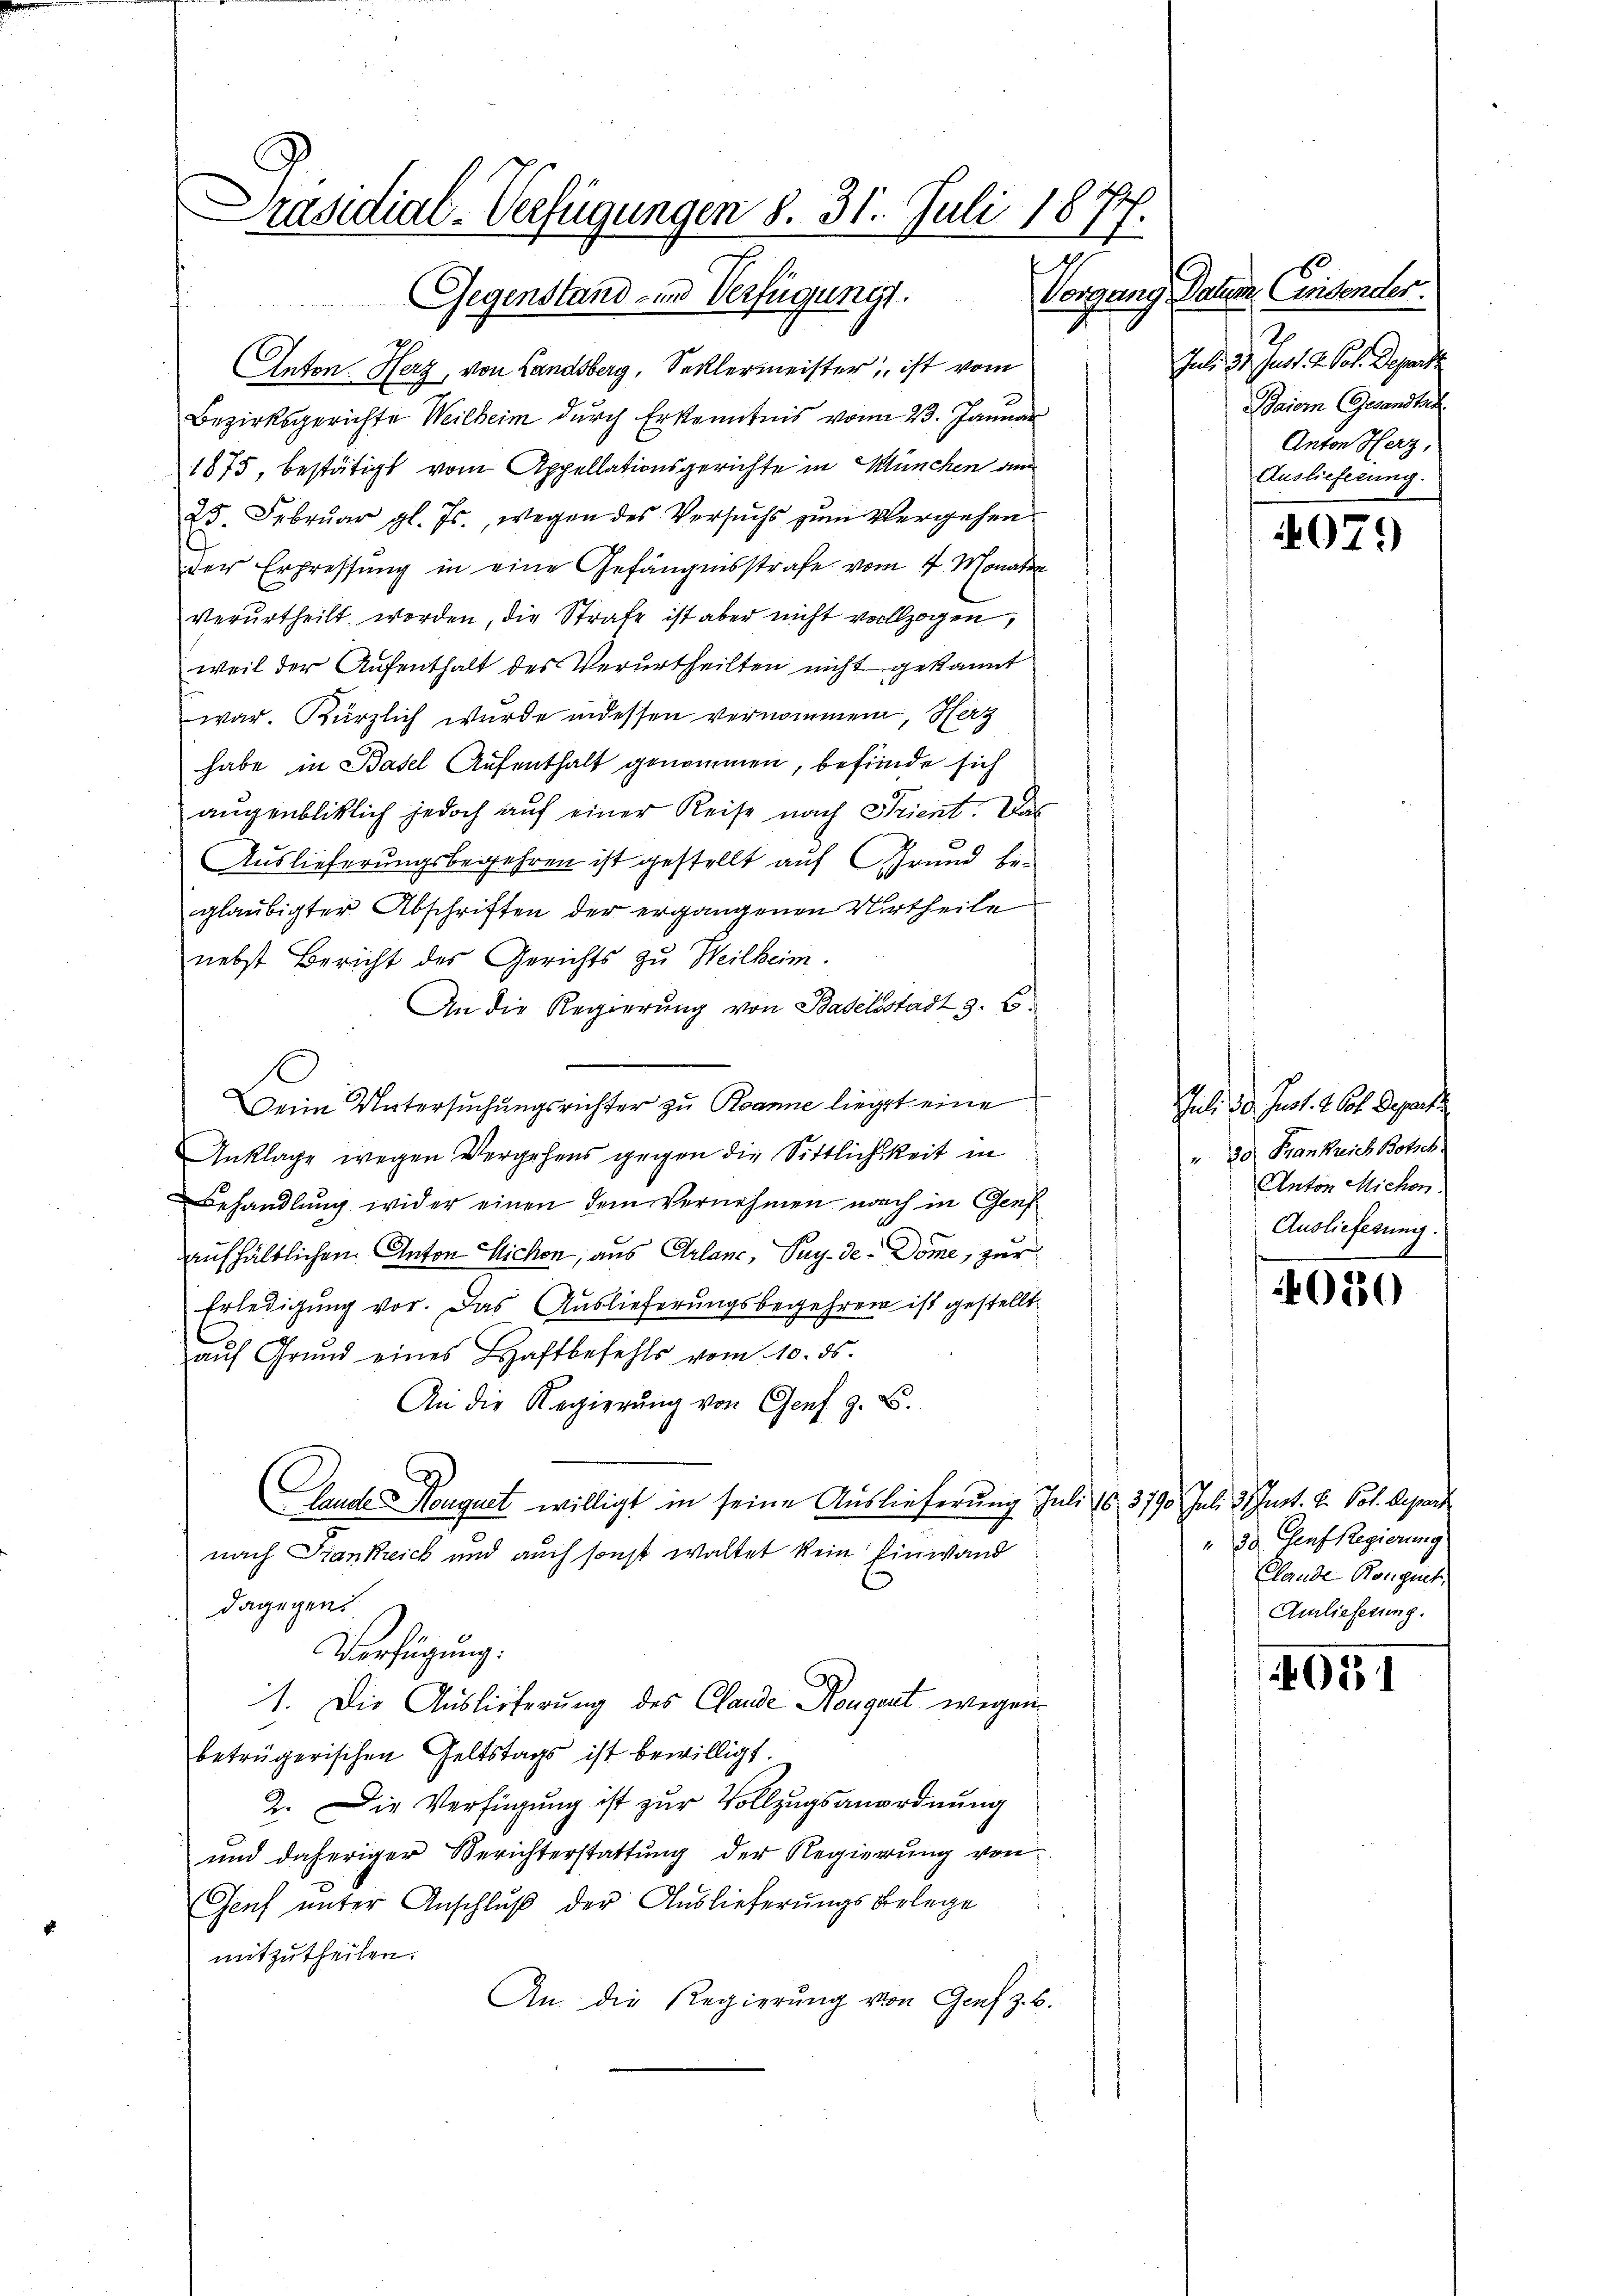
Präsidial-Verfügungen 8. 31. Juli 1877.
Vorgang Datum Consender.
Gegenstand- und Verfügung.

Anton. Herz, von Landsberg, Secklermeister, ist vom
Bezirksgerichte Weilheim durch Erkenntnis vom 23. Januar
1875, bestätigt vom Appellationsgerichte in München am
25. Febrŭar gl. Js., wegen des Versŭchs zŭm Vergehen
der Erpressung in eine Gefängnisstrafe vom 4 Monat
verurtheilt worden, die Strafe ist aber nicht vollzogen,
weil der Aufenthalt des Verurtheilten nicht gekannt
war. Kürzlich wurde indessen vernommen, Herz
habe in Basel Aufenthalt genommen, befinde sich
augenbliklich jedoch auf einer Reise nach Trient. Das
Auslieferungsbegehren ist gestellt auf Grund beglaubigter Abschriften der ergangenen Urtheile
nebst Bericht des Gerichts zu Weilheim.
An die Regierung von Badelsstadt z. B.
Dein Untersuchungsrichter zu Roanne liegt eine
Anklage wegen Vergehens gegen die Sittlichkeit in
Behandlung wider einen dem Vernehmen nach in Genf
aufhältlichen Anton Michon, aus Arlanc, Pay-de-Dome, zur
Erledigung vor. Das Auslieferungsbegehren ist gestellt
aŭf Grŭnd eines Haftbefehls vom 10. ds.
An die Regierŭng von Genf z. B.
Landte Konguet willigt in seine Auslieferung Juli 183790 Juli 3. Just. H. Pot. Depart
nach Frankrick und auch sonst waltet kein Einwand
dagegen
Verfügung:
1. Die Auslieferung des Claude Nougart wegen
betrügerischen Geltstags ist bewilligt.
2. Die Verfügung ist zur Vollzugsanordnung
und daheriger Berichterstattŭng der Regierŭng von
Genf unter Anschluß der Auslieferungsbelege
mitzutheilen.
An die Regierung von Genf z. B.

S
Juli 31. Just. d. Pol. Depart
Baiern Gesandtsch
Anton Herz,
Auslieferung.

079

Juli 30. Just. 260. Depart
" 20 Frankreich Botsch
Anton Michen.
Ausliefesung.
4

4020

30 Genf Regierung
Clande Ronguet,
Amlieferung.

4051